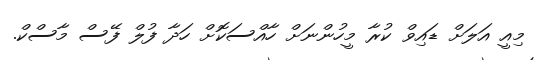
މިއީ އަލަށް ޑައިވް ކުރާ މީހުންނަށް ހާއްސަކޮށް ހަދާ ފުލް ފޭސް މާސްކް.